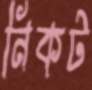
নিকট